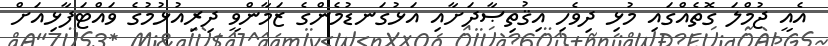
އެއީ ޖުމްލަ ގޮތެއްގައި މުޅި ދިވެހި އިޤުތިޞާދަށާއި އަޅުގަނޑުމެންގެ ޒަމާންވީ ދިރިއުޅުމުގެ ވައްޓަފާޅިއަށް